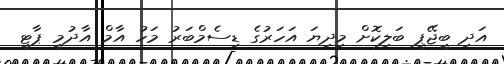
އަދި ބީޖޭޕީ ބަލިކޮށް މިދިޔަ އަހަރުގެ ޑިސެމްބަރު މަހު އާމް އާދުމީ ޕާޓީ